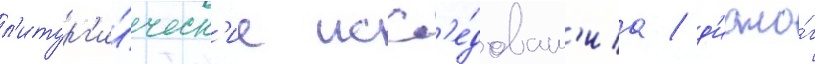
л'итург'и́ческ'ие иссл'е́дован'иа / д'иало́г